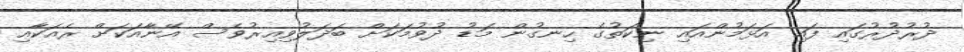
ދުރުދުރުގައި ފައި އަޅަމުންއައި ނިކަތުގެ ހިނގުން މަޑު ދުވުމަކަށް ބަދަލުވިއިރުވެސް އޭނާއަކަށް ރެއަކާއި